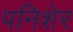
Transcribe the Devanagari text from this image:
पनिशेर